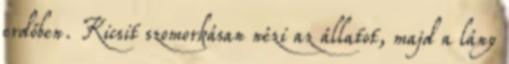
erdőben. Kicsit szomorkásan nézi az állatot, majd a lány